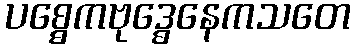
ပစ္စေကဗုဒ္ဓေနေကသတေ